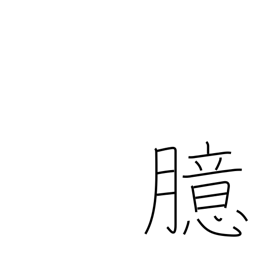
Meaning: mind